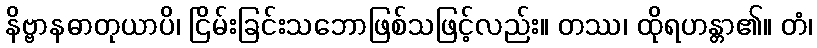
နိဗ္ဗာနဓာတုယာပိ၊ ငြိမ်းခြင်းသဘောဖြစ်သဖြင့်လည်း။ တဿ၊ ထိုရဟန္တာ၏။ တံ၊